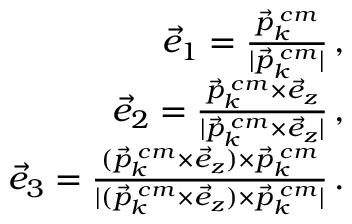
\begin{array} { r l r } & { } & { \vec { e } _ { 1 } = \frac { \vec { p } _ { k } ^ { \; c m } } { | \vec { p } _ { k } ^ { \; c m } | } \, , } \\ & { } & { \vec { e } _ { 2 } = \frac { \vec { p } _ { k } ^ { \; c m } \times \vec { e } _ { z } } { | \vec { p } _ { k } ^ { \; c m } \times \vec { e } _ { z } | } \, , } \\ & { } & { \vec { e } _ { 3 } = \frac { ( \vec { p } _ { k } ^ { \; c m } \times \vec { e } _ { z } ) \times \vec { p } _ { k } ^ { \; c m } } { | ( \vec { p } _ { k } ^ { \; c m } \times \vec { e } _ { z } ) \times \vec { p } _ { k } ^ { \; c m } | } \, . } \end{array}